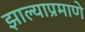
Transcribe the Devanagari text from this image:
झाल्याप्रमाणे